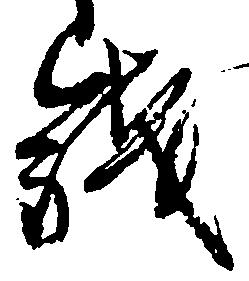
銭